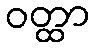
ဝတ္ထာ